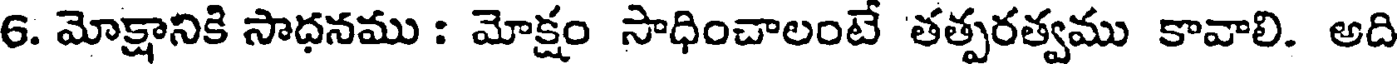
6. మోక్షానికి సాధనము : మోక్షం సాధించాలంటే తత్పరత్వము కావాలి. అది